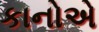
કાનોએ